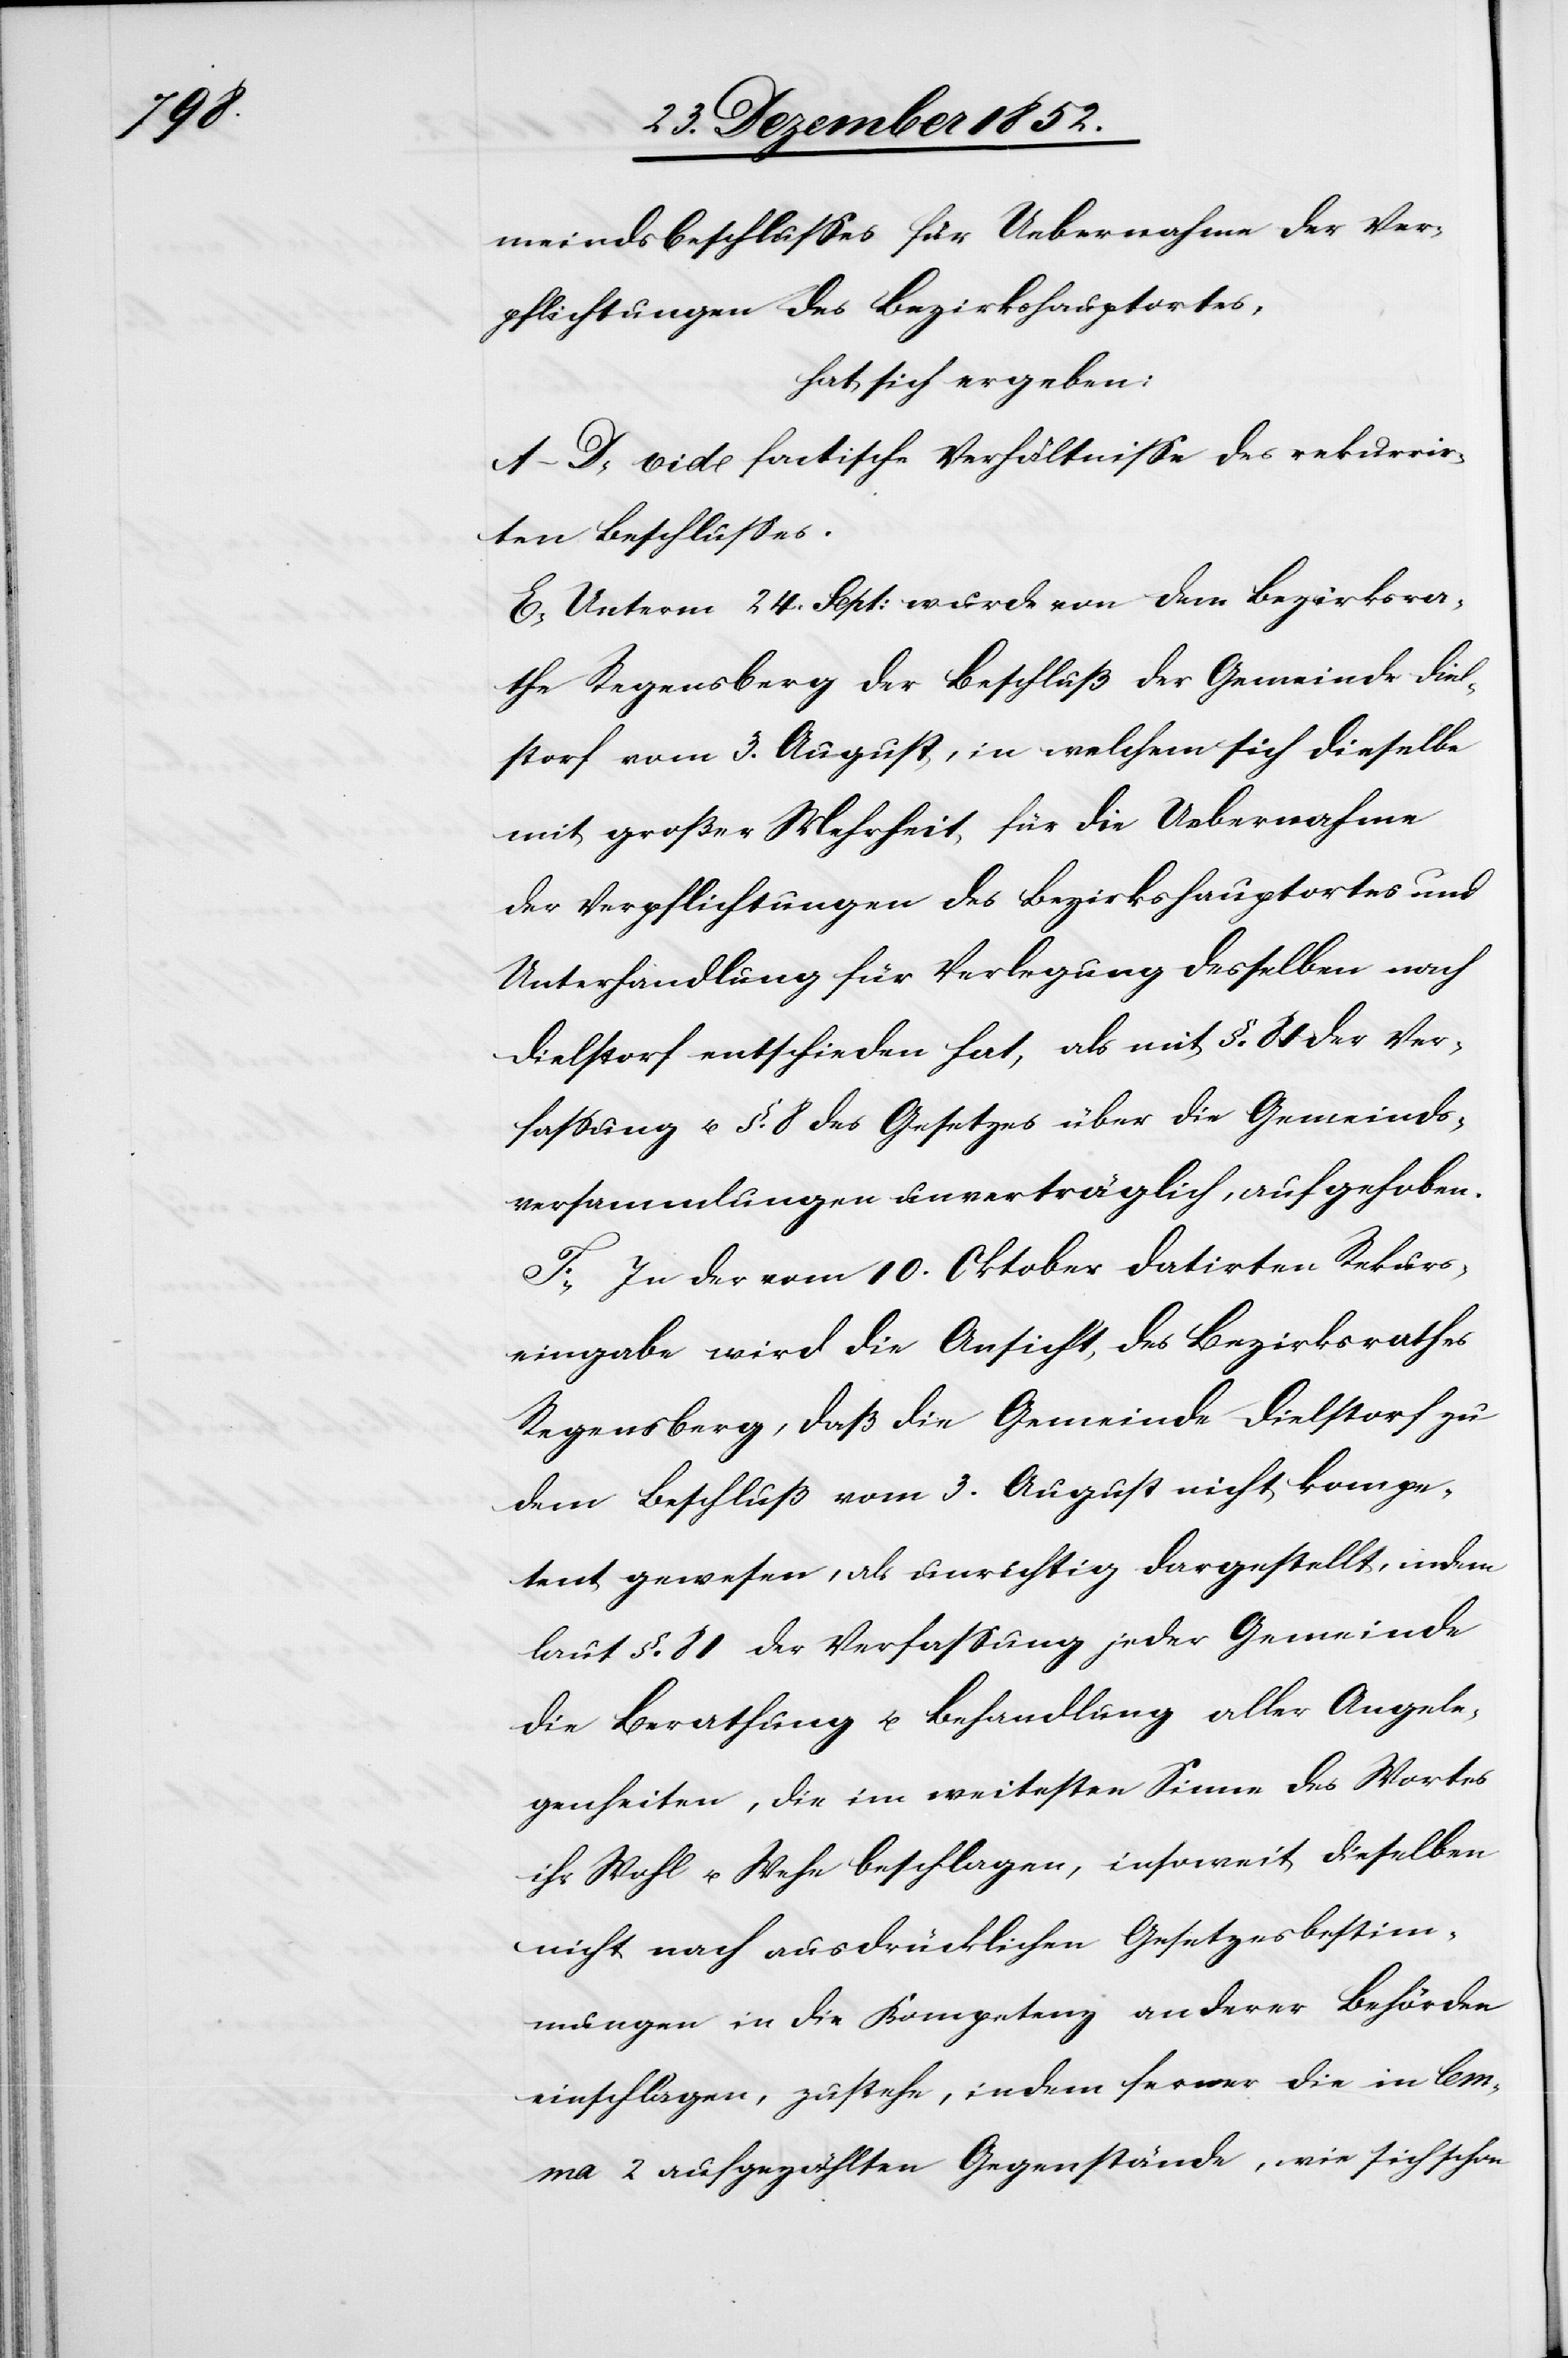
meindsbeschlusses für Uebernahme der Ver¬
pflichtungen des Bezirkshauptortes,
hat sich ergeben:
A–D, vide factische Verhältnisse des rekurrir¬
ten Beschlusses.
E, Unterm 24. Sept: wurde von dem Bezirksra¬
the Regensberg der Beschluß der Gemeinde Diel¬
storf vom 3. August, in welchem sich dieselbe
mit großer Mehrheit, für die Uebernahme
der Verpflichtungen des Bezirkshauptortes und
Unterhandlung für Verlegung desselben nach
Dielstorf entschieden hat, als mit §. 81 der Ver¬
fassung u. §. 8 des Gesetzes über die Gemeinds¬
versammlungen unverträglich, aufgehoben.
F, In der vom 10. Oktober datirten Rekurs¬
eingabe wird die Ansicht des Bezirksrathes
Regensberg, daß die Gemeinde Dielstorf zu
dem Beschluß vom 3. August nicht kompe¬
tent gewesen, als unrichtig dargestellt, indem
laut §. 81 der Verfassung jeder Gemeinde
die Berathung u. Behandlung aller Angele¬
genheiten, die im weitesten Sinne des Wortes
ihr Wohl u. Wehe beschlagen, insoweit dieselben
nicht nach ausdrücklichen Gesetzesbestim¬
mungen in die Kompetenz anderer Behörden
einschlagen, zustehe, indem ferner die in lem¬
ma 2 aufgezählten Gegenstände, wie sich schon